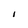
Character: i